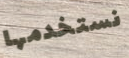
نستخدمها